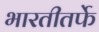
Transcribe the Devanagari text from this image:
भारतीतर्फे